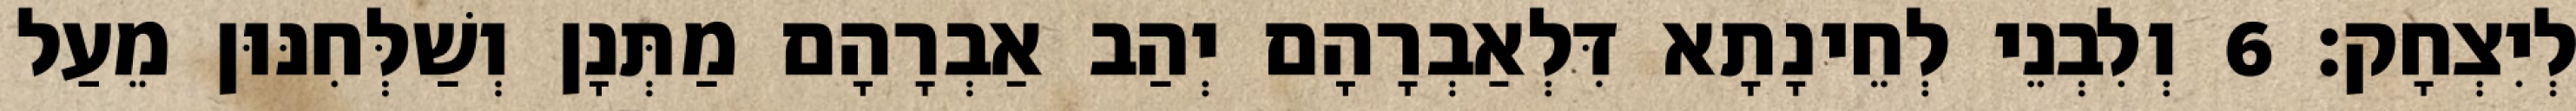
לְיִצְחָק׃ 6 וְלִבְנֵי לְחֵינָתָא דִּלְאַבְרָהָם יְהַב אַבְרָהָם מַתְּנָן וְשַׁלְּחִנּוּן מֵעַל